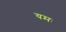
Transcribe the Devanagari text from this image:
यमः